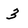
Character: 3